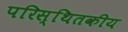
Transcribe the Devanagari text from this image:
परिस्थितकीय